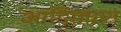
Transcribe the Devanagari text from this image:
आदिनाथ्‍ा